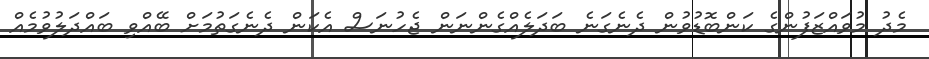
މެދު މުވައްޒަފުންގެ ކަންބޮޑުވުން ދެނެގަނެ ބަދަލެއްގެންނަން ޖެހުނަސް އެކަން ދެނެގަތުމަށް ބޭއްވި ބައްދަލުވުމެއް